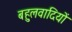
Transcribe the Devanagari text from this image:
बहुलवादियों